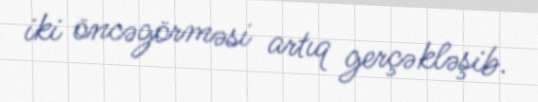
iki öncəgörməsi artıq gerçəkləşib.